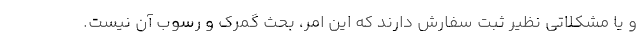
و یا مشکلاتی نظیر ثبت سفارش دارند که این امر، بحث گمرک و رسوب آن نیست.